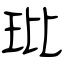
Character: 玭